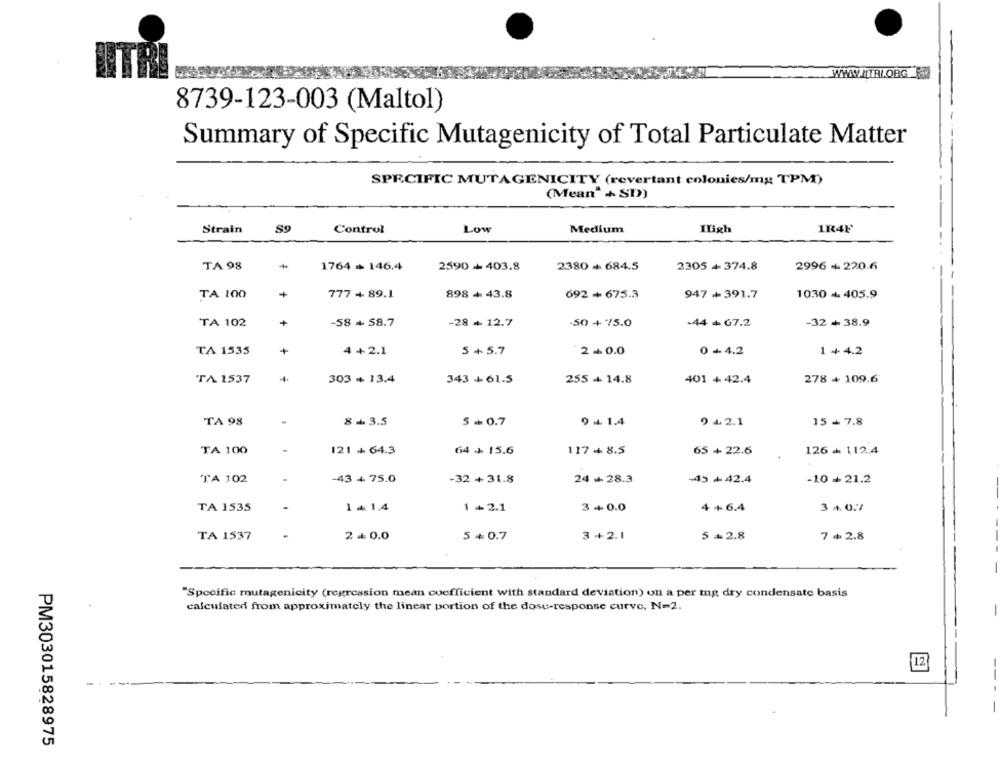
WWW.TITRL.ORG
8739-123-003 (Maltol)
Summary of Specific Mutagenicity of Total Particulate Matter
SPECIFIC MUTAGENICITY (revertant colonies/my; TPM)
(Mean" + SD)
Strain
89
Control
Low
Medium
Iligh
TA 98
+
1764 + 146.4
2590+ 403.8
2380+ 684.5
2305 +374.8
2996 + 220.6
TA 100
+
777 + 89.1
898+ 43.8
692 + 675.3
947 + 391.7
1030 + 405.9
TA 102
+
-58 +58.7
-32 + 38.9
-28 + 12.7
-50 + /5.0
.44 + 67.2
TA 1335
+
4 +2.1
5 + 5.7
2+0.0
0 + 4.2
1 + 4.2
TA 1537
303 + 13.4
343+61.5
255 + 14.8
401 +42.4
278 + 109.6
TA 98
8 +3.5
15 + 7.8
5 - 0.7
9 + 1.4
9 +2.1
TA 100
121 + 64.3
64 + 15.6
117 + 8.5
65 + 22.6
126 - 112.4
TA 102
-43 + 75.0
-32 + 31.8
24 + 28.3
-45 + 42.4
-10 + 21.2
TA 1535
1 & 1.4
1 +2.1
3+0.0
4 +6.4
3 4. 07
TA 1537
2 + 0.0
5 +0.7
3 +2.1
5+2.8
7 +2.8
"Specific mutagenicity (regression mean coefficient with standard deviation) on a per ing dry condensate basis
calculated from approximately the linear portion of the dose-response curve, N=2.
-
12
----
PM303015828975